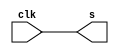
module Exe01(

	input clk,
	output s);


	assign s = clk;
	
endmodule
	
module teste;
	
	reg clk;
	always #3 clk <= ~clk;
	
	wire s;
	
	Exe01 e(clk, s);
	
	initial begin
	$dumpvars(0, e);
	#1
	clk = 1;
	#500;
	$finish;

	end
endmodule